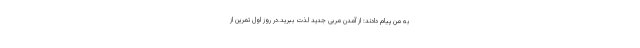
به من پیام دادند: از آمدن مربی جدید لذت ببرید.در روز اول تمرین از